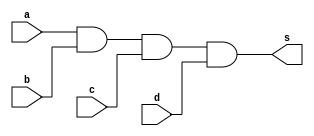
// -------------------------
// Exercicio008 - and
// Nome: Rafael Guimaraes de Sousa
// -------------------------

module andgate (output s, input a, input b, input c, input d);
assign s = a&b&c&d;
endmodule

module testeAnd;

wire s;
reg a, b, c, d;

andgate A1 (s,a,b,c,d);

initial begin:start

a=0;
b=0;
c=0;
d=0;

end

initial begin:main
$display("Exercicio 008 - Rafael Guimaraes de Sousa - 451607");
$display("Test and:");
$monitor("%d\t%b and %b and %b and %b = %b", $time, a, b,c,d, s);
#1 a=0;b=0;c=0;d=1;
#1 a=0;b=0;c=1;d=0;
#1 a=0;b=0;c=1;d=1;
#1 a=0;b=1;c=0;d=0;
#1 a=0;b=1;c=0;d=1;
#1 a=0;b=1;c=1;d=0;
#1 a=0;b=1;c=1;d=1;
#1 a=1;b=0;c=0;d=0;
#1 a=1;b=0;c=0;d=1;
#1 a=1;b=0;c=1;d=0;
#1 a=1;b=0;c=1;d=1;
#1 a=1;b=1;c=0;d=0;
#1 a=1;b=1;c=0;d=1;
#1 a=1;b=1;c=1;d=0;
#1 a=1;b=1;c=1;d=1;
end
endmodule